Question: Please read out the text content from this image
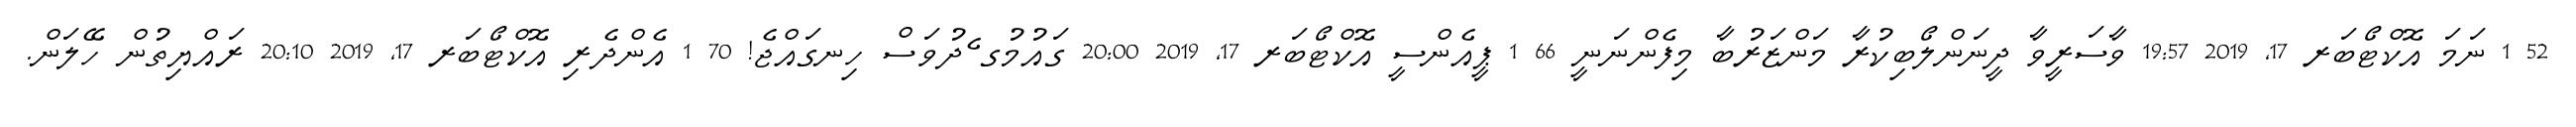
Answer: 52 1 ނަމަ އޮކްޓޯބަރ 17, 2019 19:57 ވާސަރީވާ ދީނަންލޯބިކުރާ މަންޒަރުބާ މިފެންނަނީ 66 1 ޕީއެންސީ އޮކްޓޯބަރ 17, 2019 20:00 ގައުމުގ ެދުވަސް ހިނގައްޖެ! 70 1 އެންދެރި އޮކްޓޯބަރ 17, 2019 20:10 ރައްޔިތުން ހޭލަން.